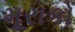
મૂરાકો